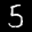
Label: 5